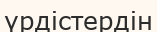
үрдістердін